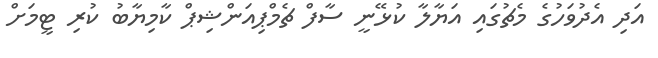
އަދި އެދުވަހުގެ މެޗުގައި އަޔާލާ ކުޅޭނީ ސާފް ޗެމްޕިއަންޝިޕް ކާމިޔާބު ކުރި ޓީމަށް